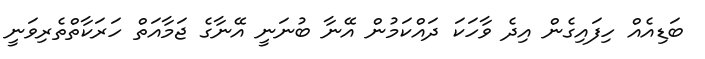
ބަޑިއެއް ހިފައިގެން އިދެ ވާހަކަ ދައްކަމުން އޭނާ ބުނަނީ އޭނާގެ ޖަމާއަތް ހަރަކާތްތެރިވަނީ